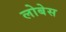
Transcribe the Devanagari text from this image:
लोबेस